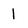
Character: I